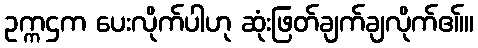
ဥက္ကဌက ပေးလိုက်ပါဟု ဆုံးဖြတ်ချက်ချလိုက်ဧ။်။